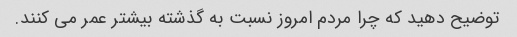
توضیح دهید که چرا مردم امروز نسبت به گذشته بیشتر عمر می کنند.